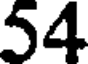
54